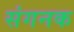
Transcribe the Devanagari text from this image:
संगनक